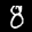
Label: 8